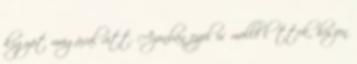
kígyót magával vitt. Azonban ezzel is mellé lőttek, hiszen